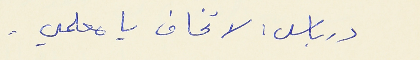
درباس : لا تخاف يا معلمي .